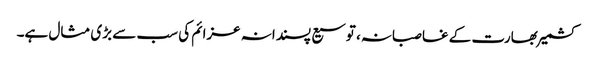
کشمیر بھارت کے غاصبانہ، توسیع پسندانہ عزائم کی سب سے بڑی مثال ہے۔